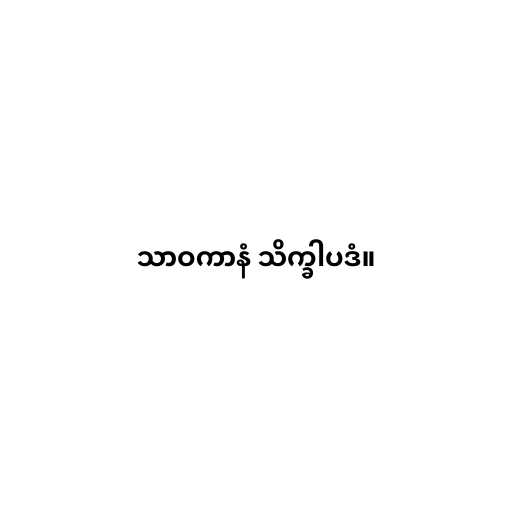
သာဝကာနံ သိက္ခါပဒံ။